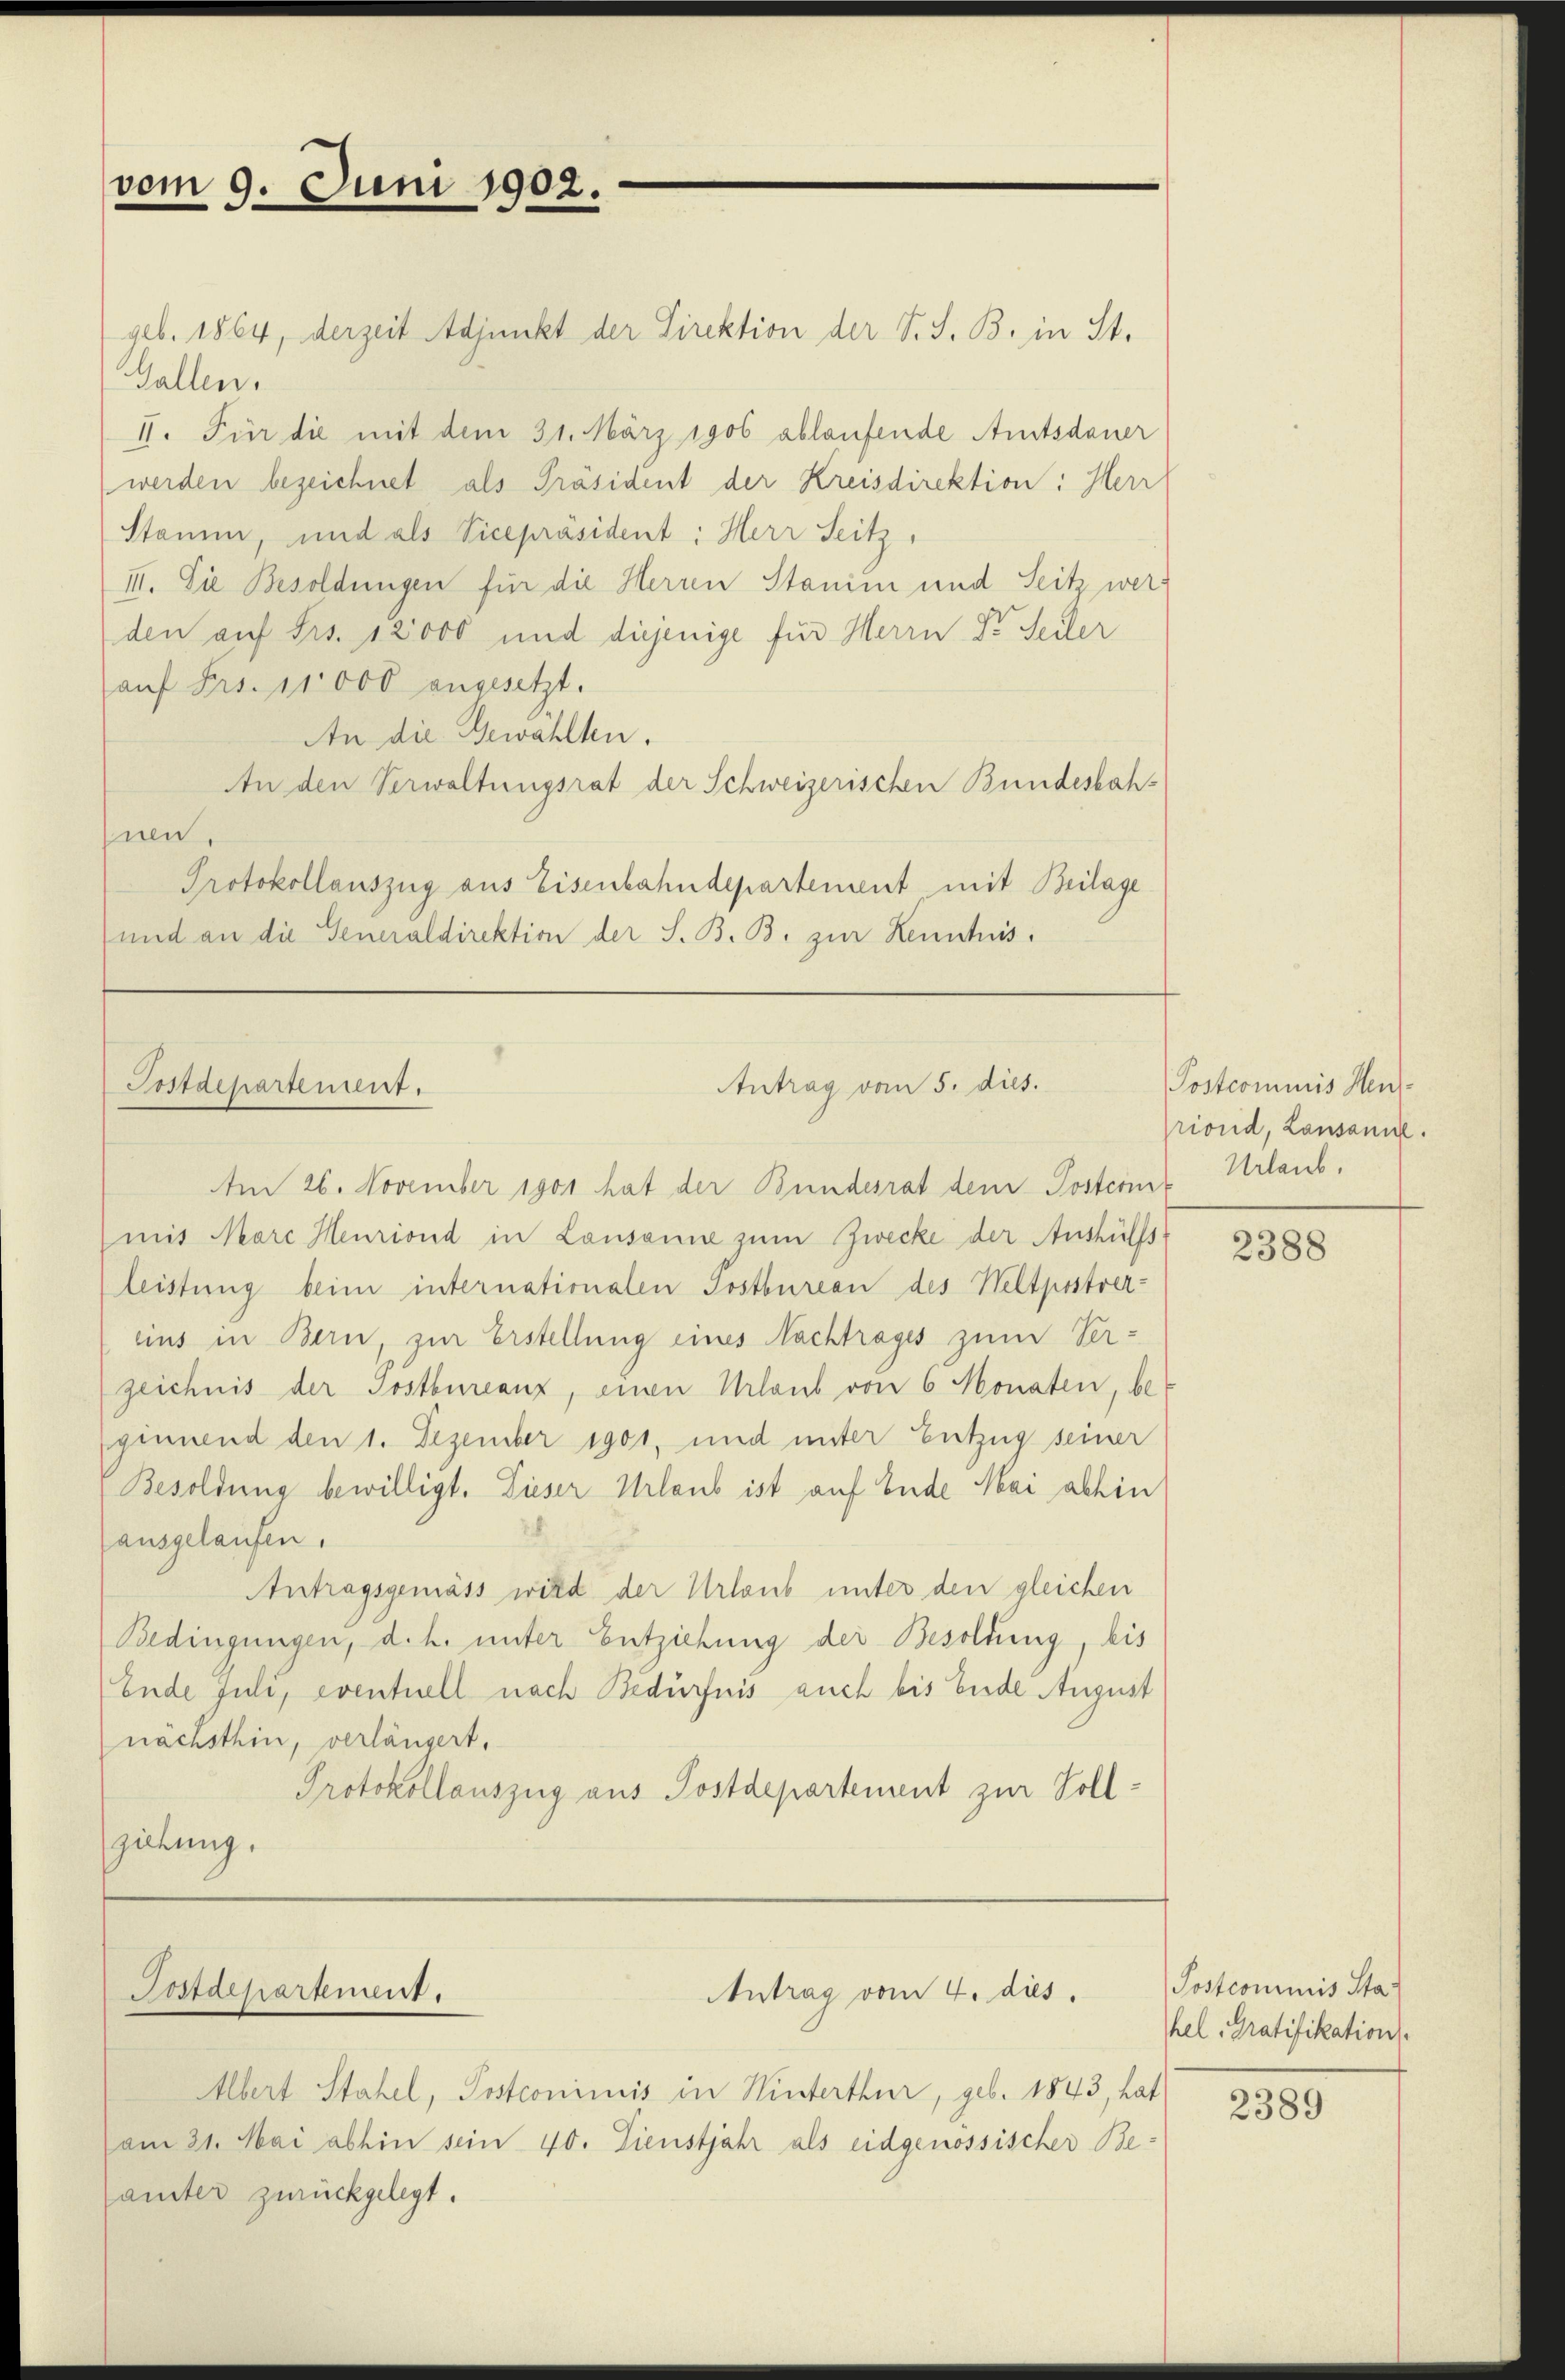
vom 9. Juni 1902.

geb. 1864, derzeit Adjunkt der Direktion der S. S. B. in St.
Gallen.
II. Für die mit dem 31. März 1906 ablaufende Amtsdauer
werden bezeichnet als Präsident der Kreisdirektion: Herr
Stamm, und als Vicepräsident: Herr Seitz,
III. Die Besoldungen für die Herren Stanin und Seitz werden auf Frs. 12000 und diejenige für Herrn Dr. Seiler
auf Frs. 11000 angesetzt.
An die Gewählten.
An den Verwaltungsrat der Schweizerischen Bundesbahsnen,
Protokollauszug aus Eisenbahndepartement mit Beilage
und an die Generaldirektion der S. B. B. zur Kenntnis.

Postdepartement.

Postdepartement.

Antrag vom 5. dies.

Am 26. November 1901 hat der Bundesrat dem Postcomit Urlaub.
mit Marc Heuriond in Lausanne zum Zwecke der Aushülfs-
leistung beim internationalen Postbureau des Weltpostver-
eins in Bern, zur Erstellung eines Nachtrages zum Verzeichnis der Postbureanz, einen Urlaub von 6 Monaten, beginnend den 1. Dezember 1901, und unter Entzug seiner
Besoldung bewilligt. Dieser Urlaub ist auf Ende Mai abhin
ausgelaufen.
Antragsgemäss wird der Urlaub unter den gleichen
Bedingungen, d. h. unter Entziehung der Besoldung bis
Ende Juli, eventuell nach Bedürfnis auch bis Ende August
nächsthin, verlängert,
Protokollauszug aus Postdepartement zur Vollgierung.

Antrag vom 4. dies

Albert Stahel, Postcommis in Hinterthur, geb. 1843, hat
vom 21. Mai abhin sein 40. Dienstjahr als eidgenössischer Beämter zurückgelegt.

Postcommis Hensriond, Lausanne.

2388

Postcommis Sta-
hel Gratifikation.

2389